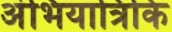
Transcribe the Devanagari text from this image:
अंभियात्रिकि